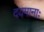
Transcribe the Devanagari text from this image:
दयमानाः